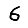
Digit: 6